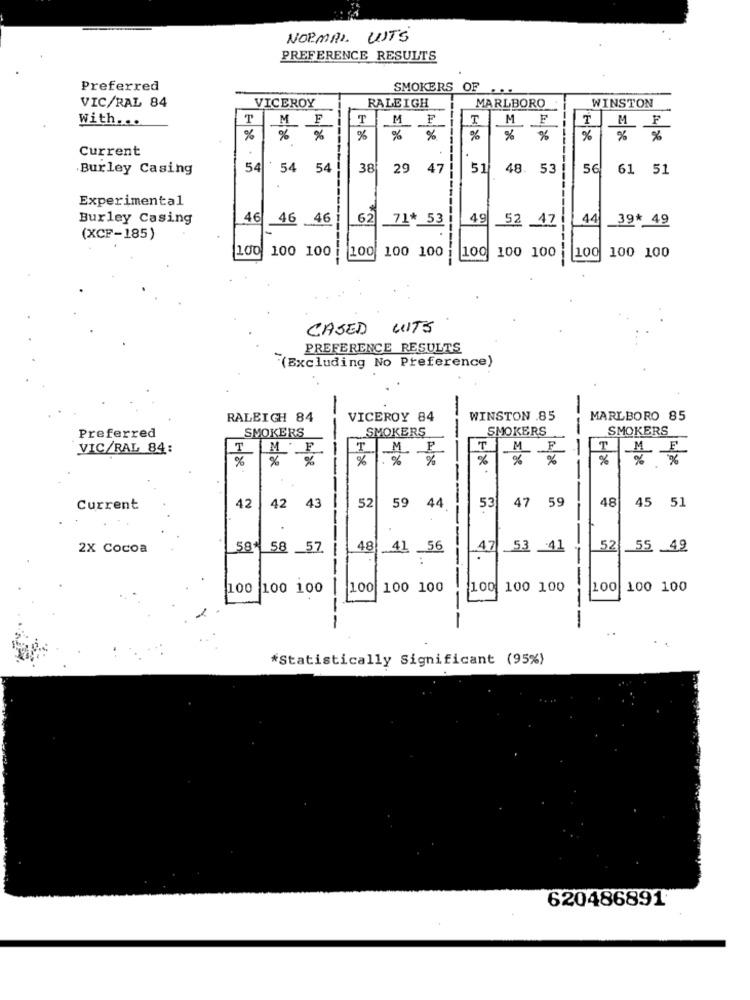
NORMAL LITS
PREFERENCE RESULTS
Preferred
SMOKERS OF
VIC/RAL 84
VICEROY
WINSTON
RALEIGH
MARLBORO
With ...
T
M
F
T
M
T
M
MF
%
%
%
%
%
%
%
%
%
%
%
Current
Burley Casing
54
54
54
38
29
47
51
48.
53
56
61 51
Experimental
Burley Casing
46
46
46
62
71* 53
49
52 47
44
39* 49
(XCF-185)
100 100 100
100
100 100
100 100
---
100
100 100 100
CASED
WITS
PREFERENCE RESULTS
(Excluding No Preference)
-
RALEIGH 84
VICEROY 84
WINSTON .85
MARLBORO 85
SMOKERS
SMOKERS
SMOKERS
SMOKERS
Preferred
--
VIC/RAL 84:
M.
F
T
M. F
T
M
---
%
%
%
%
%
%
%
47
59
48
45 51
Current
42
42
43
52
59
44
53
2X Cocoa
58*
58
57
--
48
.41
.56
47
53
_41
52
55 .49
-
100 100 100
100
100 100
100
100 100
100
100 100
--
---
*Statistically Significant (95%)
620486891